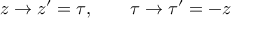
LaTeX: z \rightarrow z ^ { \prime } = \tau , \qquad \tau \rightarrow { \tau } ^ { \prime } = - z